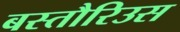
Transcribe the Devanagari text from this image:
बस्तौरिउस